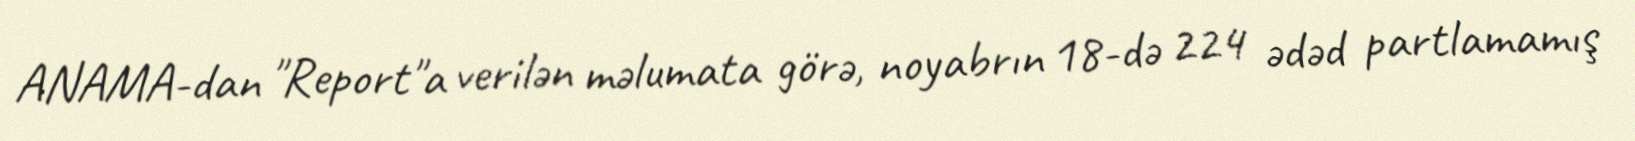
ANAMA-dan "Report"a verilən məlumata görə, noyabrın 18-də 224 ədəd partlamamış